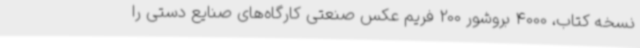
نسخه کتاب، 4000 بروشور 200 فریم عکس صنعتی کارگاه‌های صنایع دستی را